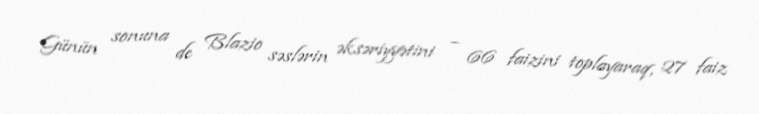
Günün sonuna de Blazio səslərin əksəriyyətini – 66 faizini toplayaraq, 27 faiz